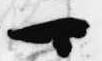
可